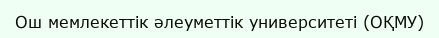
Ош мемлекеттік әлеуметтік университеті (ОҚМУ)